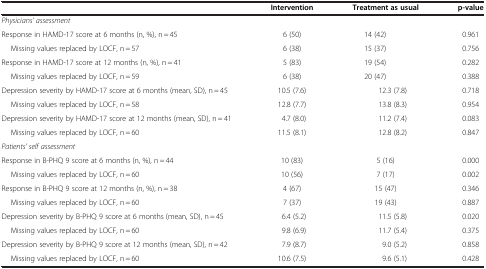
|  | Intervention | Treatment as usual | p-value |
 | --- | --- | --- | --- |
 | <COLSPAN=4> Physicians’ assessment |
 | Response in HAMD-17 score at 6 months (n, %), n = 45 | 6 (50) | 14 (42) | 0.961 |
 | Missing values replaced by LOCF, n = 57 | 6 (38) | 15 (37) | 0.756 |
 | Response in HAMD-17 score at 12 months (n, %), n = 41 | 5 (83) | 19 (54) | 0.282 |
 | Missing values replaced by LOCF, n = 59 | 6 (38) | 20 (47) | 0.388 |
 | Depression severity by HAMD-17 score at 6 months (mean, SD), n = 45 | 10.5 (7.6) | 12.3 (7.8) | 0.718 |
 | Missing values replaced by LOCF, n = 58 | 12.8 (7.7) | 13.8 (8.3) | 0.954 |
 | Depression severity by HAMD-17 score at 12 months (mean, SD), n = 41 | 4.7 (8.0) | 11.2 (7.4) | 0.083 |
 | Missing values replaced by LOCF, n = 60 | 11.5 (8.1) | 12.8 (8.2) | 0.847 |
 | <COLSPAN=4> Patients’ self assessment |
 | Response in B-PHQ 9 score at 6 months (n, %), n = 44 | 10 (83) | 5 (16) | 0.000 |
 | Missing values replaced by LOCF, n = 60 | 10 (56) | 7 (17) | 0.002 |
 | Response in B-PHQ 9 score at 12 months (n, %), n = 38 | 4 (67) | 15 (47) | 0.346 |
 | Missing values replaced by LOCF, n = 60 | 7 (37) | 19 (43) | 0.887 |
 | Depression severity by B-PHQ 9 score at 6 months (mean, SD), n = 45 | 6.4 (5.2) | 11.5 (5.8) | 0.020 |
 | Missing values replaced by LOCF, n = 60 | 9.8 (6.9) | 11.7 (5.4) | 0.375 |
 | Depression severity by B-PHQ 9 score at 12 months (mean, SD), n = 42 | 7.9 (8.7) | 9.0 (5.2) | 0.858 |
 | Missing values replaced by LOCF, n = 60 | 10.6 (7.5) | 9.6 (5.1) | 0.428 |